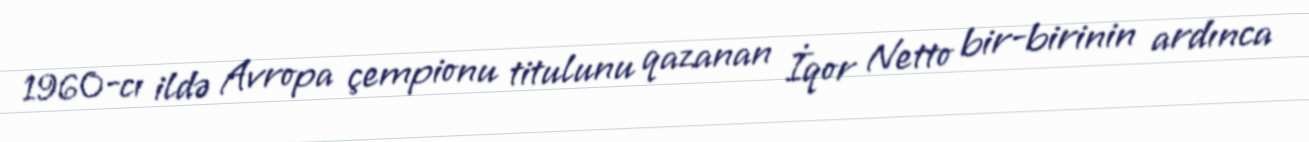
1960-cı ildə Avropa çempionu titulunu qazanan İqor Netto bir-birinin ardınca